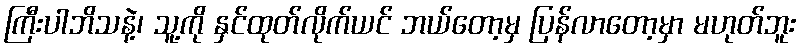
ကြီးပါဘိသနဲ့၊ သူ့ကို နှင်ထုတ်လိုက်ယင် ဘယ်တော့မှ ပြန်လာတော့မှာ မဟုတ်ဘူး